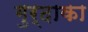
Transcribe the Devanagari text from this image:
गुर्दाका